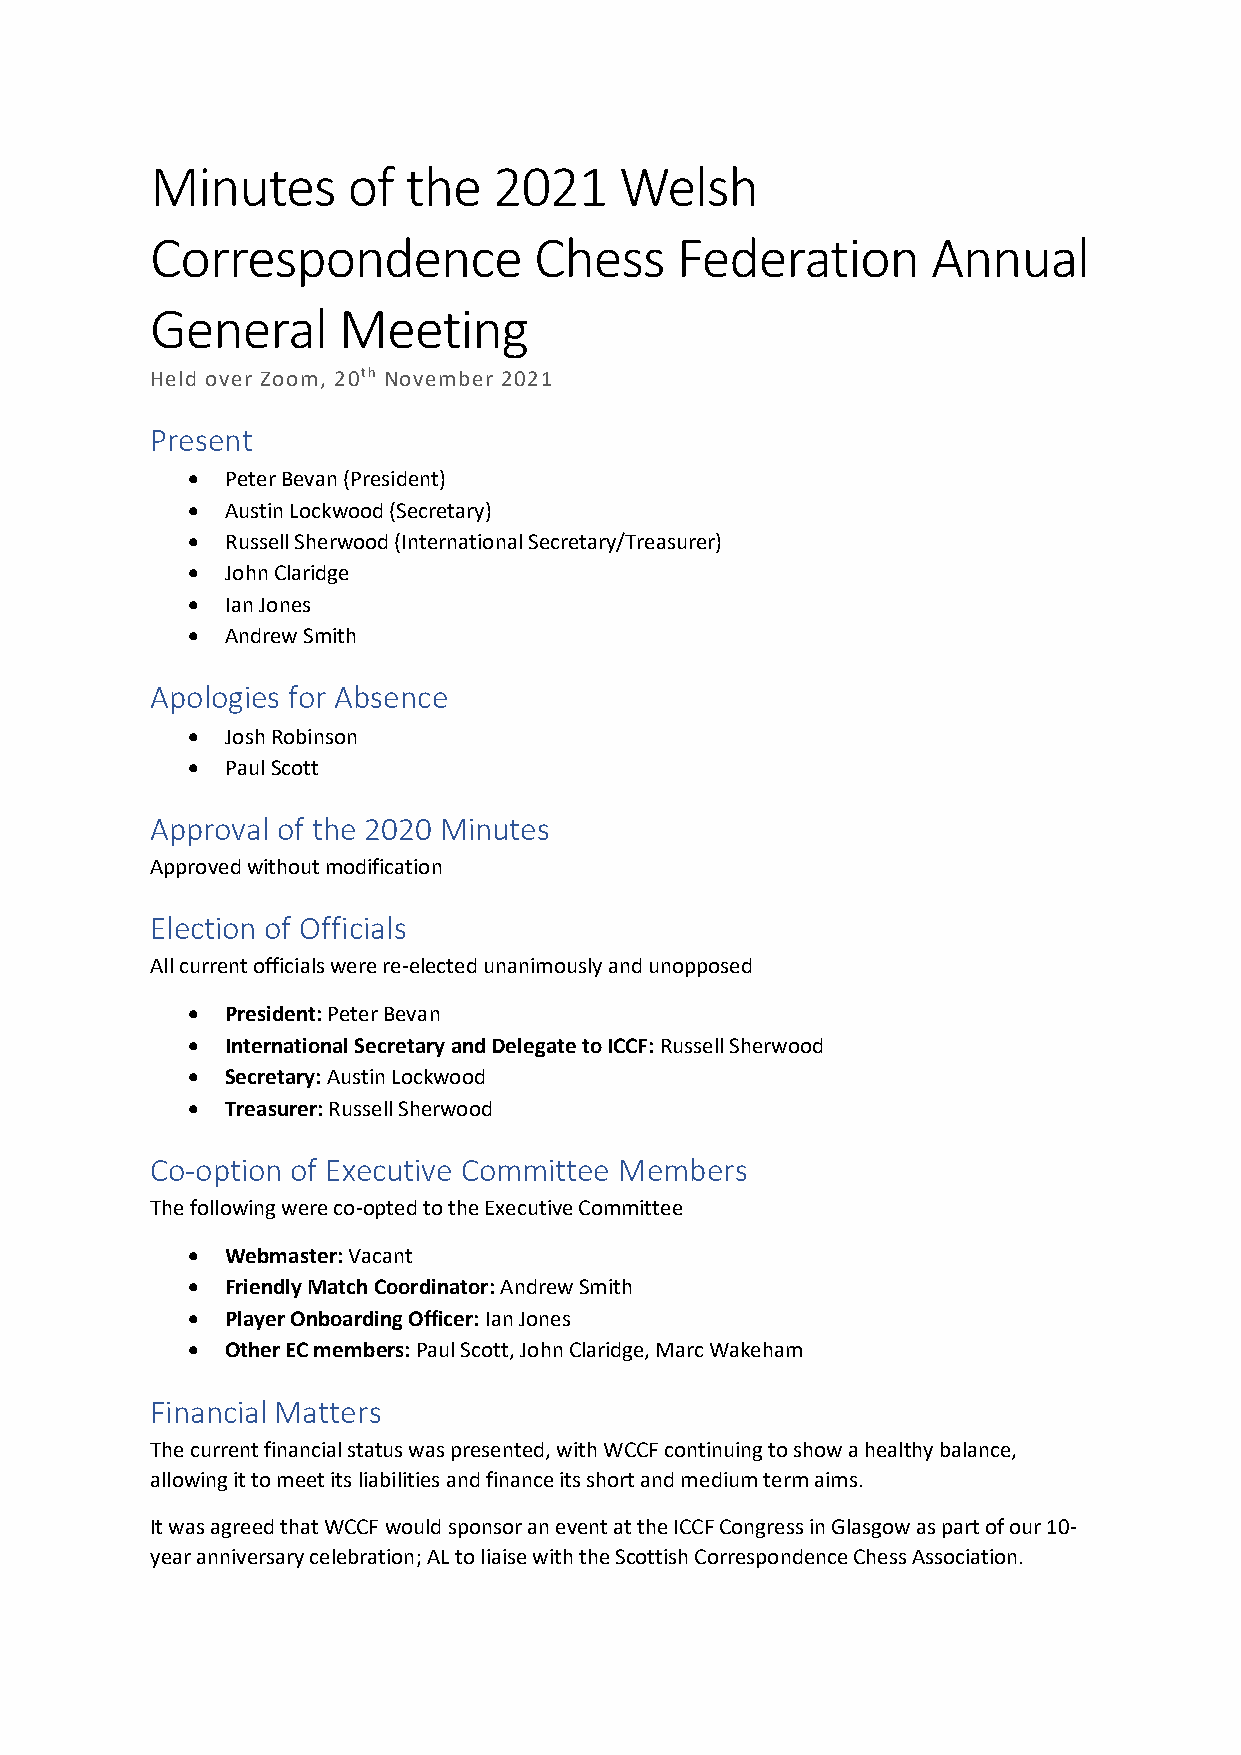
Minutes      of  the   2021    Welsh
 Correspondence           Chess     Federation       Annual
 General     Meeting
 Held over Zoom, 20th November 2021
 Present
 •  Peter Bevan (President)
 •  Austin Lockwood (Secretary)
 •  Russell Sherwood (International Secretary/Treasurer)
 •  John Claridge
 •  Ian Jones
 •  Andrew Smith
 Apologies for Absence
 •  Josh Robinson
 •  Paul Scott
 Approval of the 2020 Minutes
 Approved without modification
 Election of Officials
 All current officials were re-elected unanimously and unopposed
 •  President: Peter Bevan
 •  International Secretary and Delegate to ICCF: Russell Sherwood
 •  Secretary: Austin Lockwood
 •  Treasurer: Russell Sherwood
 Co-option of Executive Committee Members
 The following were co-opted to the Executive Committee
 •  Webmaster: Vacant
 •  Friendly Match Coordinator: Andrew Smith
 •  Player Onboarding Officer: Ian Jones
 •  Other EC members: Paul Scott, John Claridge, Marc Wakeham
 Financial Matters
 The current financial status was presented, with WCCF continuing to show a healthy balance,
 allowing it to meet its liabilities and finance its short and medium term aims.
 It was agreed that WCCF would sponsor an event at the ICCF Congress in Glasgow as part of our 10-
 year anniversary celebration; AL to liaise with the Scottish Correspondence Chess Association.